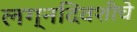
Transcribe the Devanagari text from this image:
लग्नदिवशीचे